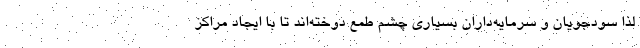
لذا سودجویان و سرمایه‌داران بسیاری چشم طمع دوخته‌اند تا با ایجاد مراکز